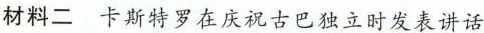
材料二卡斯特罗在庆祝古巴独立时发表讲话